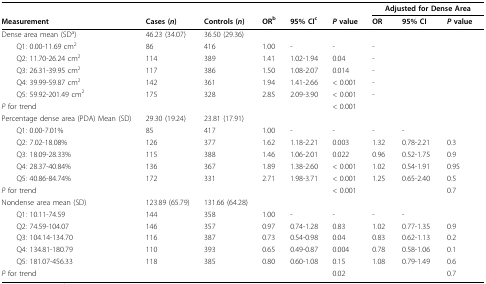
<table><thead><tr><td></td><td></td><td></td><td></td><td></td><td></td><td colspan="3"><b>Adjusted for Dense Area</b></td></tr><tr><td><b>Measurement</b></td><td><b>Cases (<i>n</i>)</b></td><td><b>Controls (<i>n</i>)</b></td><td><b>OR<sup>b</sup></b></td><td><b>95% CI<sup>c</sup></b></td><td><b><i>P </i>value</b></td><td><b>OR</b></td><td><b>95% CI</b></td><td><b><i>P </i>value</b></td></tr></thead><tbody><tr><td>Dense area mean (SD<sup>a</sup>)</td><td>46.23 (34.07)</td><td>36.50 (29.36)</td><td></td><td></td><td></td><td></td><td></td><td></td></tr><tr><td> Q1: 0.00-11.69 cm<sup>2</sup></td><td>86</td><td>416</td><td>1.00</td><td>-</td><td>-</td><td>-</td><td></td><td></td></tr><tr><td> Q2: 11.70-26.24 cm<sup>2</sup></td><td>114</td><td>389</td><td>1.41</td><td>1.02-1.94</td><td>0.04</td><td>-</td><td></td><td></td></tr><tr><td> Q3: 26.31-39.95 cm<sup>2</sup></td><td>117</td><td>386</td><td>1.50</td><td>1.08-2.07</td><td>0.014</td><td>-</td><td></td><td></td></tr><tr><td> Q4: 39.99-59.87 cm<sup>2</sup></td><td>142</td><td>361</td><td>1.94</td><td>1.41-2.66</td><td>&lt; 0.001</td><td>-</td><td></td><td></td></tr><tr><td> Q5: 59.92-201.49 cm<sup>2</sup></td><td>175</td><td>328</td><td>2.85</td><td>2.09-3.90</td><td>&lt; 0.001</td><td>-</td><td></td><td></td></tr><tr><td><i>P </i>for trend</td><td></td><td></td><td></td><td></td><td>&lt; 0.001</td><td></td><td></td><td></td></tr><tr><td>Percentage dense area (PDA) Mean (SD)</td><td>29.30 (19.24)</td><td>23.81 (17.91)</td><td></td><td></td><td></td><td></td><td></td><td></td></tr><tr><td> Q1: 0.00-7.01%</td><td>85</td><td>417</td><td>1.00</td><td>-</td><td>-</td><td>-</td><td>-</td><td></td></tr><tr><td> Q2: 7.02-18.08%</td><td>126</td><td>377</td><td>1.62</td><td>1.18-2.21</td><td>0.003</td><td>1.32</td><td>0.78-2.21</td><td>0.3</td></tr><tr><td> Q3: 18.09-28.33%</td><td>115</td><td>388</td><td>1.46</td><td>1.06-2.01</td><td>0.022</td><td>0.96</td><td>0.52-1.75</td><td>0.9</td></tr><tr><td> Q4: 28.37-40.84%</td><td>136</td><td>367</td><td>1.89</td><td>1.38-2.60</td><td>&lt; 0.001</td><td>1.02</td><td>0.54-1.91</td><td>0.95</td></tr><tr><td> Q5: 40.86-84.74%</td><td>172</td><td>331</td><td>2.71</td><td>1.98-3.71</td><td>&lt; 0.001</td><td>1.25</td><td>0.65-2.40</td><td>0.5</td></tr><tr><td><i>P </i>for trend</td><td></td><td></td><td></td><td></td><td>&lt; 0.001</td><td></td><td></td><td>0.7</td></tr><tr><td>Nondense area mean (SD)</td><td>123.89 (65.79)</td><td>131.66 (64.28)</td><td></td><td></td><td></td><td></td><td></td><td></td></tr><tr><td> Q1: 10.11-74.59</td><td>144</td><td>358</td><td>1.00</td><td>-</td><td>-</td><td>-</td><td>-</td><td></td></tr><tr><td> Q2: 74.59-104.07</td><td>146</td><td>357</td><td>0.97</td><td>0.74-1.28</td><td>0.83</td><td>1.02</td><td>0.77-1.35</td><td>0.9</td></tr><tr><td> Q3: 104.14-134.70</td><td>116</td><td>387</td><td>0.73</td><td>0.54-0.98</td><td>0.04</td><td>0.83</td><td>0.62-1.13</td><td>0.2</td></tr><tr><td> Q4: 134.81-180.79</td><td>110</td><td>393</td><td>0.65</td><td>0.49-0.87</td><td>0.004</td><td>0.78</td><td>0.58-1.06</td><td>0.1</td></tr><tr><td> Q5: 181.07-456.33</td><td>118</td><td>385</td><td>0.80</td><td>0.60-1.08</td><td>0.15</td><td>1.08</td><td>0.79-1.49</td><td>0.6</td></tr><tr><td><i>P </i>for trend</td><td></td><td></td><td></td><td></td><td>0.02</td><td></td><td></td><td>0.7</td></tr></tbody></table>